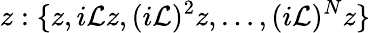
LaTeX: z:\{ z,i\mathcal{L}z,(i\mathcal{L})^{2}z,\dots,(i\mathcal{L})^{N}z\}